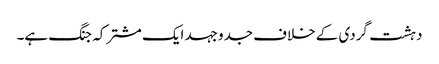
دہشت گردی کے خلاف جدوجہد ایک مشترکہ جنگ ہے۔